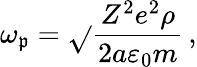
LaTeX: \omega_{\mathfrak{p}}=\sqrt{}{{\frac{{Z^{2}e^{2}\rho}}{{2a\varepsilon_{0}m}}}}\, ,